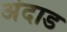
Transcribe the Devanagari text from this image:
अंदाड